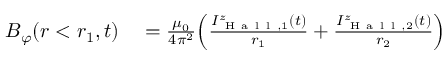
\begin{array} { r l } { B _ { \varphi } ( r < r _ { 1 } , t ) } & { { } = \frac { \mu _ { 0 } } { 4 \pi ^ { 2 } } \Big ( \frac { I _ { \mathrm { ~ H ~ a ~ l ~ l ~ } , 1 } ^ { z } ( t ) } { r _ { 1 } } + \frac { I _ { \mathrm { ~ H ~ a ~ l ~ l ~ } , 2 } ^ { z } ( t ) } { r _ { 2 } } \Big ) } \end{array}